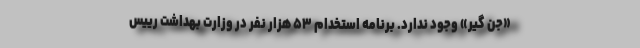
«جن گیر» وجود ندارد. برنامه استخدام ۵۳ هزار نفر در وزارت بهداشت رییس